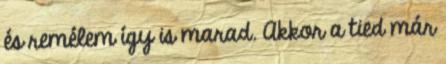
és remélem így is marad. Akkor a tied már